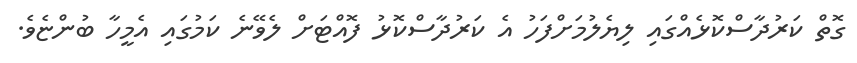
ގޮތް ކަރުދާސްކޮޅެއްގައި ލިޔެލުމަށްފަހު އެ ކަރުދާސްކޮޅު ފޮއްޓަށް ލެވޭނެ ކަމުގައި އެމީހާ ބުންޏެވެ.